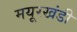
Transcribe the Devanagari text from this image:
मयूरखंडी